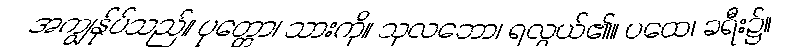
အကျွန်ုပ်သည်။ ပုတ္တော၊ သားကို။ သုလဘော၊ ရလွယ်၏။ ပထေ၊ ခရီး၌။